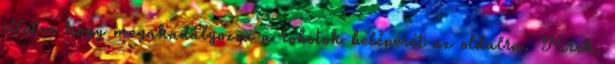
illetve hogy megakadályozza a robotok belépését az oldalra. Hírek,